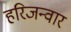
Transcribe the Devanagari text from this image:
हरिजन्वार